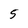
Character: 5